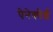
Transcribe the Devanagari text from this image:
पेनेकोर्ड